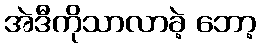
အဲဒီကိုသာလာခဲ့ ဘော့